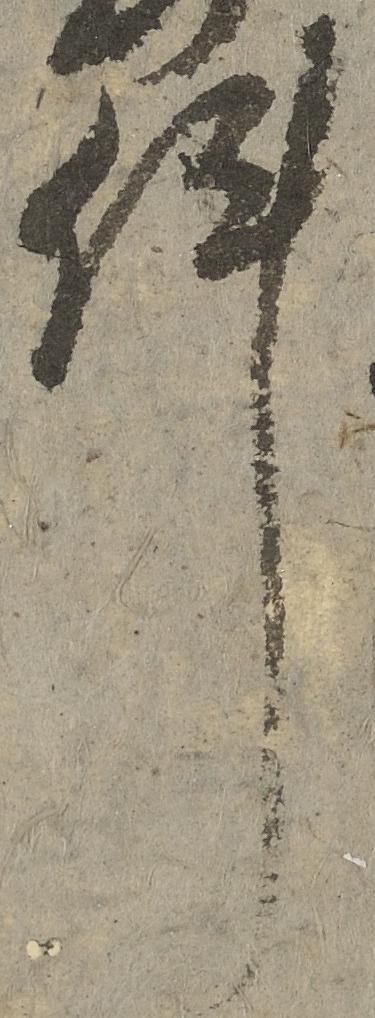
件